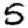
Digit: 5